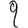
Digit: 9